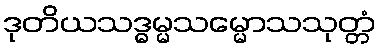
ဒုတိယသဒ္ဓမ္မသမ္မောသသုတ္တံ